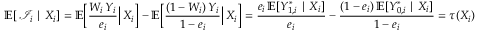
\mathbb { E } [ \, \mathcal { I } _ { i } \mid X _ { i } ] = \mathbb { E } \Big [ \frac { W _ { i } \, Y _ { i } } { e _ { i } } \Big \lvert \, X _ { i } \Big ] - \mathbb { E } \Big [ \frac { ( 1 - W _ { i } ) \, Y _ { i } } { 1 - e _ { i } } \Big \lvert \, X _ { i } \Big ] = \frac { e _ { i } \, \mathbb { E } [ Y _ { 1 , i } ^ { * } \mid X _ { i } ] } { e _ { i } } - \frac { ( 1 - e _ { i } ) \, \mathbb { E } [ Y _ { 0 , i } ^ { * } \mid X _ { i } ] } { 1 - e _ { i } } = \tau ( X _ { i } )